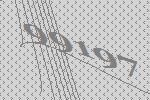
99197